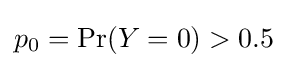
p_{0}=\Pr(Y=0)>0.5